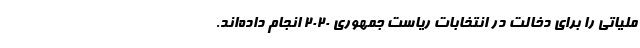
ملیاتی را برای دخالت در انتخابات ریاست جمهوری ۲۰۲۰ انجام داده‌اند.